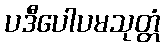
ပဒီပေါပမသုတ္တံ